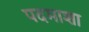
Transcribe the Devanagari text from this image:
पदमाशा